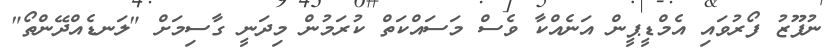
ނުފޫޒު ފޯރުވައި އެމްޑީޕީން އަނެއްކާ ވެސް މަސައްކަތް ކުރަމުން މިދަނީ ގާސިމަށް "ލަނޑެއްދޭންތޯ"